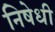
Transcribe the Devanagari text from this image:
निषेधी